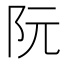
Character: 阮